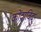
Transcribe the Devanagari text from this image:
कोंदाविदु